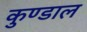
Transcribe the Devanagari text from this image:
कुण्डाल